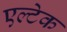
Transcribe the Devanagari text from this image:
एल्टेक